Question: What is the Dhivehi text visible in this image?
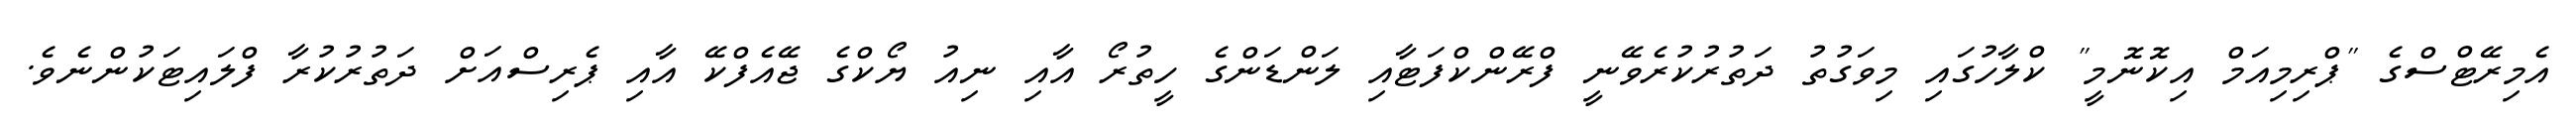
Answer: އެމިރޭޓްސްގެ "ޕްރިމިއަމް އިކޮނޮމީ" ކްލާހުގައި މިވަގުތު ދަތުރުކުރެވޭނީ ފްރޭންކްފަޓާއި ލަންޑަންގެ ހީތުރޯ އާއި ނިއު ޔޯކްގެ ޖޭއެފްކޭ އާއި ޕެރިސްއަށް ދަތުރުކުރާ ފްލައިޓަކުންނެވެ.